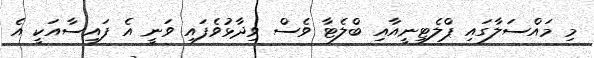
މި މައްސަލާގައި ޕްލެޓިނީއާއި ބްލެޓާ ވެސް ވިދާޅުވެފައި ވަނީ އެ ފައިސާއަކީ އެ